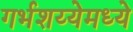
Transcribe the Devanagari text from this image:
गर्भशय्येमध्ये